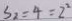
S _ { 2 } = 4 = 2 ^ { 2 }